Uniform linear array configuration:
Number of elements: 24
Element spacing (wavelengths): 0.75
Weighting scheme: kaiser
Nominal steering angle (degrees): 60
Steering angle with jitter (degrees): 59.451
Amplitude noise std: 0.05
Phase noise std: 0.05

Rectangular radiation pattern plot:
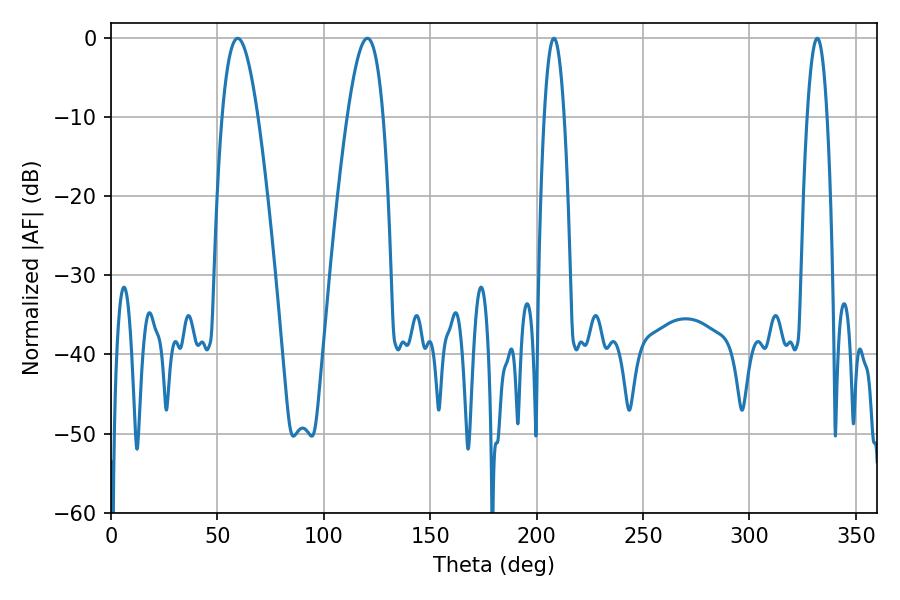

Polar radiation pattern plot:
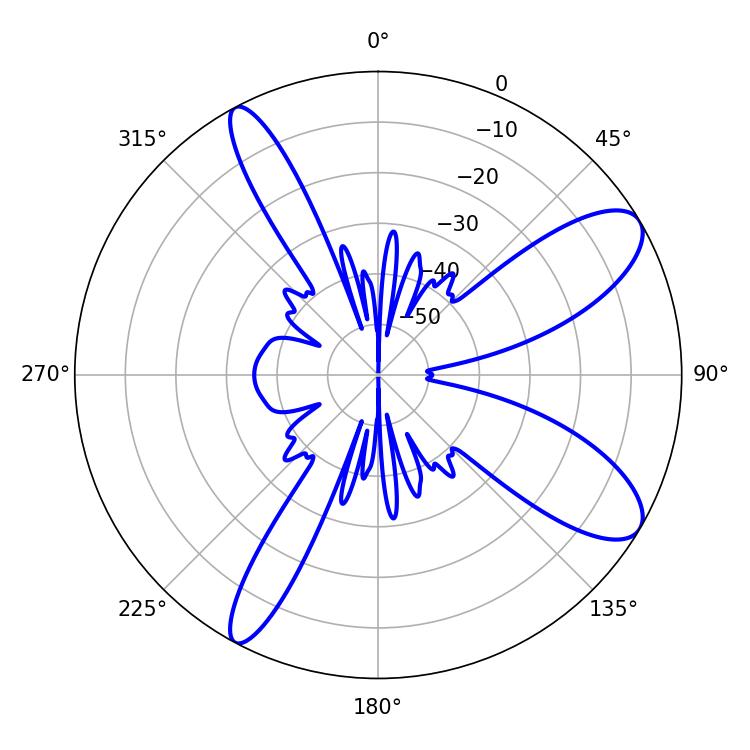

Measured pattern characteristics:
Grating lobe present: TRUE
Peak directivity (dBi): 9.835
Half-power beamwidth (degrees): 9.18
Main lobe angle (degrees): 59.58